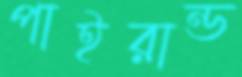
পাইরান্ড